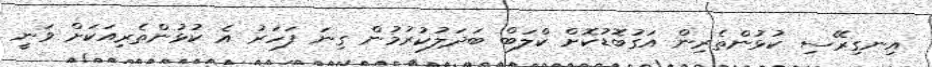
އިނގިރޭސި ކުޅުންތެރިން އަގުބޮޑުކޮށް ކްލަބް ބަދަލުކުރުމުން ގިނަ ފަހަރު އެ ކުޅުންތެރިއަކަށް ވަނީ